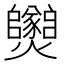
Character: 𱬱